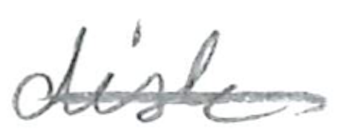
Text: disk
Cross-out: single-line
Writing tool: pencil